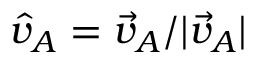
\hat { v } _ { A } = \vec { v } _ { A } / | \vec { v } _ { A } |